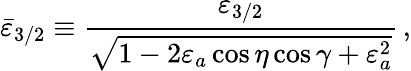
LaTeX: \bar{\varepsilon}_{3/2}\equiv\frac{\varepsilon_{3/2}}{\sqrt{1-2\varepsilon_{a}\cos\eta\cos\gamma+\varepsilon_{a}^{2}}}\, ,